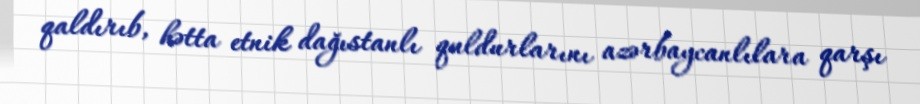
qaldırıb, hətta etnik dağıstanlı quldurlarını azərbaycanlılara qarşı